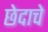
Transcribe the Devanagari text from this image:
छेदाचे